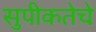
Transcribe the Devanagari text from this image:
सुपीकतेचे